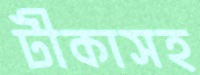
টীকাসহ